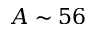
A \sim 5 6